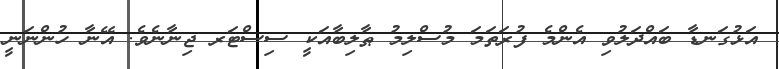
އަޅުގަނޑާ ބައްދަލުވި އެންމެ ފުރަތަމަ މުސްލިމު ޠާލިބާއަކީ ސިސްޓަރ ޖިނާނެވެ. އޭނާ ހުންނަނީ